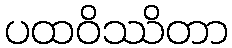
ပထဝိဿိတာ